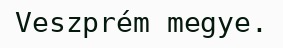
Veszprém megye.